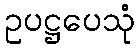
ဥပဋ္ဌပေသုံ